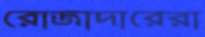
রোজাদারেরা